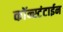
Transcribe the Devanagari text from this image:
कॉन्स्टंटाईन